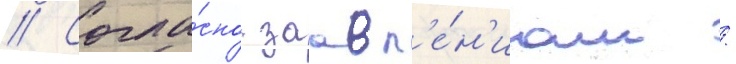
// Согла́сно заавл'е́н'иам /